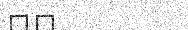
١١